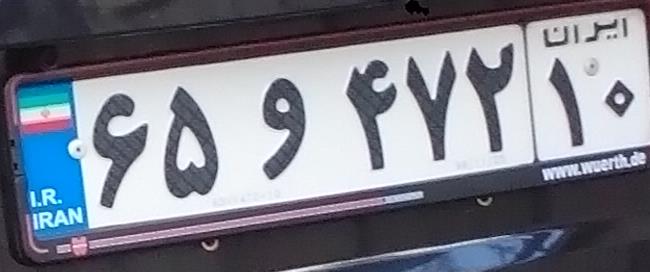
۶۵و۴۷۲۱۰